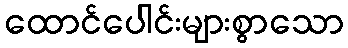
ထောင်ပေါင်းများစွာသော